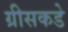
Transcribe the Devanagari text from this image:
ग्रीसकडे